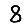
Digit: 8